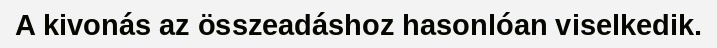
A kivonás az összeadáshoz hasonlóan viselkedik.